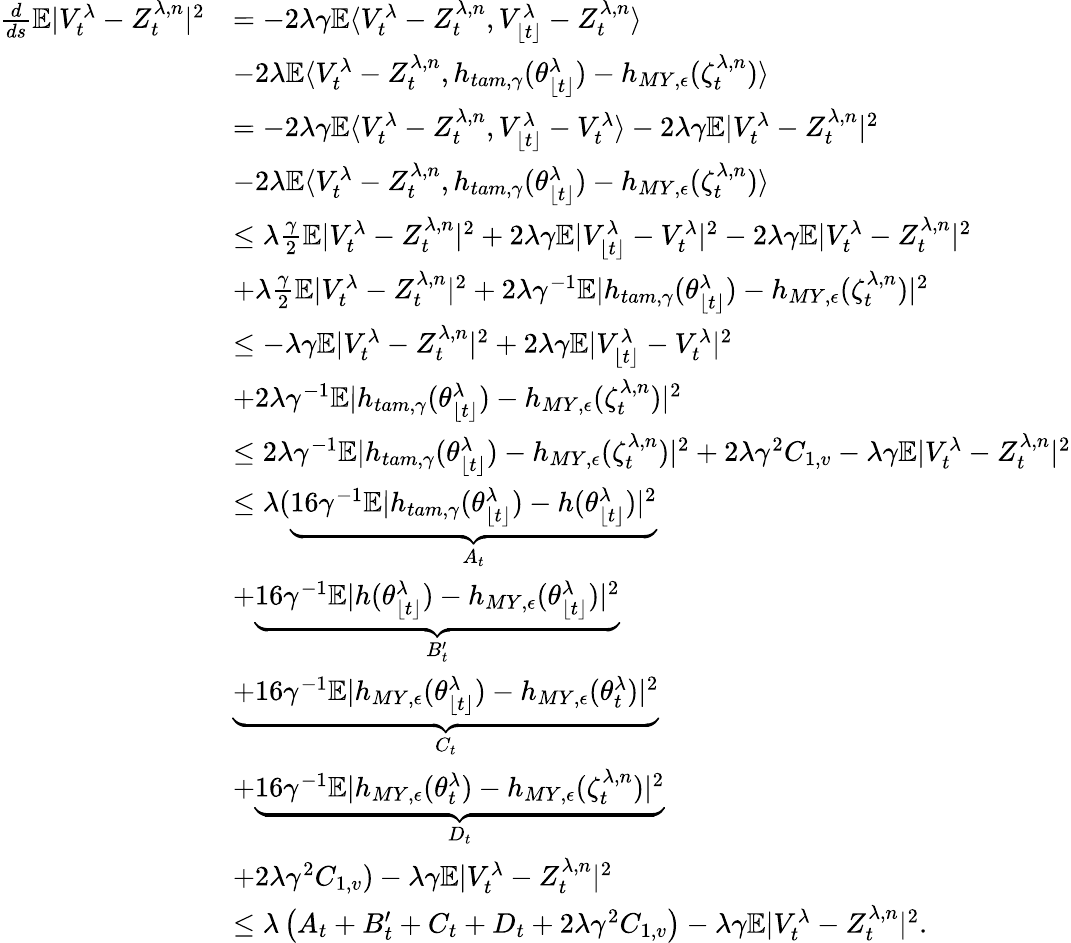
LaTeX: \begin{array}{rl}{\frac{d}{ds}\mathbb{E}|V_{t}^{\lambda}-Z_{t}^{\lambda,n}|^{2}}&{=-2\lambda\gamma\mathbb{E}\langle V_{t}^{\lambda}-Z_{t}^{\lambda,n},V_{\lfloor t\rfloor}^{\lambda}-Z_{t}^{\lambda,n}\rangle}\\ &{-2\lambda\mathbb{E}\langle V_{t}^{\lambda}-Z_{t}^{\lambda,n},h_{tam,\gamma}(\theta_{\lfloor t\rfloor}^{\lambda})-h_{MY,\epsilon}(\zeta_{t}^{\lambda,n})\rangle}\\ &{=-2\lambda\gamma\mathbb{E}\langle V_{t}^{\lambda}-Z_{t}^{\lambda,n},V_{\lfloor t\rfloor}^{\lambda}-V_{t}^{\lambda}\rangle-2\lambda\gamma\mathbb{E}|V_{t}^{\lambda}-Z_{t}^{\lambda,n}|^{2}}\\ &{-2\lambda\mathbb{E}\langle V_{t}^{\lambda}-Z_{t}^{\lambda,n},h_{tam,\gamma}(\theta_{\lfloor t\rfloor}^{\lambda})-h_{MY,\epsilon}(\zeta_{t}^{\lambda,n})\rangle}\\ &{\leq\lambda\frac{\gamma}{2}\mathbb{E}|V_{t}^{\lambda}-Z_{t}^{\lambda,n}|^{2}+2\lambda\gamma\mathbb{E}|V_{\lfloor t\rfloor}^{\lambda}-V_{t}^{\lambda}|^{2}-2\lambda\gamma\mathbb{E}|V_{t}^{\lambda}-Z_{t}^{\lambda,n}|^{2}}\\ &{+\lambda\frac{\gamma}{2}\mathbb{E}|V_{t}^{\lambda}-Z_{t}^{\lambda,n}|^{2}+2\lambda\gamma^{-1}\mathbb{E}|h_{tam,\gamma}(\theta_{\lfloor t\rfloor}^{\lambda})-h_{MY,\epsilon}(\zeta_{t}^{\lambda,n})|^{2}}\\ &{\leq-\lambda\gamma\mathbb{E}|V_{t}^{\lambda}-Z_{t}^{\lambda,n}|^{2}+2\lambda\gamma\mathbb{E}|V_{\lfloor t\rfloor}^{\lambda}-V_{t}^{\lambda}|^{2}}\\ &{+2\lambda\gamma^{-1}\mathbb{E}|h_{tam,\gamma}(\theta_{\lfloor t\rfloor}^{\lambda})-h_{MY,\epsilon}(\zeta_{t}^{\lambda,n})|^{2}}\\ &{\leq 2\lambda\gamma^{-1}\mathbb{E}|h_{tam,\gamma}(\theta_{\lfloor t\rfloor}^{\lambda})-h_{MY,\epsilon}(\zeta_{t}^{\lambda,n})|^{2}+2\lambda\gamma^{2}C_{1,v}-\lambda\gamma\mathbb{E}|V_{t}^{\lambda}-Z_{t}^{\lambda,n}|^{2}}\\ &{\leq\lambda(\underbrace{16\gamma^{-1}\mathbb{E}|h_{tam,\gamma}(\theta_{\lfloor t\rfloor}^{\lambda})-h(\theta_{\lfloor t\rfloor}^{\lambda})|^{2}}_{A_{t}}}\\ &{+\underbrace{16\gamma^{-1}\mathbb{E}|h(\theta_{\lfloor t\rfloor}^{\lambda})-h_{MY,\epsilon}(\theta_{\lfloor t\rfloor}^{\lambda})|^{2}}_{B_{t}^{\prime}}}\\ &{\underbrace{+16\gamma^{-1}\mathbb{E}|h_{MY,\epsilon}(\theta_{\lfloor t\rfloor}^{\lambda})-h_{MY,\epsilon}(\theta_{t}^{\lambda})|^{2}}_{C_{t}}}\\ &{+\underbrace{16\gamma^{-1}\mathbb{E}|h_{MY,\epsilon}(\theta_{t}^{\lambda})-h_{MY,\epsilon}(\zeta_{t}^{\lambda,n})|^{2}}_{D_{t}}}\\ &{+2\lambda\gamma^{2}C_{1,v})-\lambda\gamma\mathbb{E}|V_{t}^{\lambda}-Z_{t}^{\lambda,n}|^{2}}\\ &{\leq\lambda\left(A_{t}+B_{t}^{\prime}+C_{t}+D_{t}+2\lambda\gamma^{2}C_{1,v}\right)-\lambda\gamma\mathbb{E}|V_{t}^{\lambda}-Z_{t}^{\lambda,n}|^{2}.}\end{array}